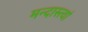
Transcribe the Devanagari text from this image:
मन्दास्त्वां